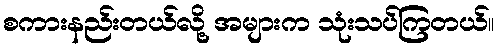
စကားနည်းတယ်လို့ အများက သုံးသပ်ကြတယ်။